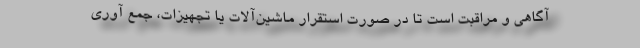
آگاهی و مراقبت است تا در صورت استقرار ماشین‌آلات یا تجهیزات، جمع آوری